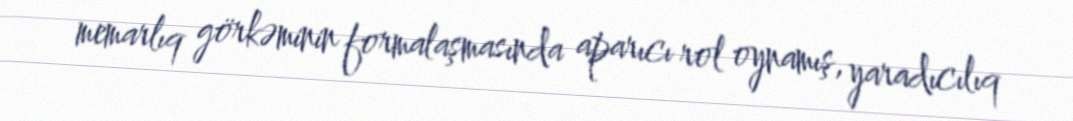
memarlıq görkəminin formalaşmasında aparıcı rol oynamış, yaradıcılıq